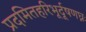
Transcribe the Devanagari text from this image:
प्रदमितहरिभूर्दूषणघ्नः